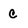
Character: c